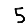
Digit: 5